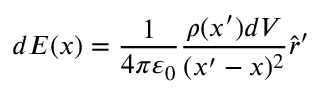
d { \boldsymbol { E } } ( { \boldsymbol { x } } ) = { \frac { 1 } { 4 \pi \varepsilon _ { 0 } } } { \frac { \rho ( { \boldsymbol { x } } ^ { \prime } ) d V } { ( { \boldsymbol { x } } ^ { \prime } - { \boldsymbol { x } } ) ^ { 2 } } } { \hat { \boldsymbol { r } } } ^ { \prime }